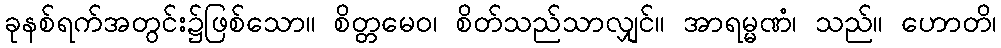
ခုနစ်ရက်အတွင်း၌ဖြစ်သော။ စိတ္တမေဝ၊ စိတ်သည်သာလျှင်။ အာရမ္မဏံ၊ သည်။ ဟောတိ၊